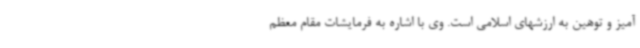
آمیز و توهین به ارزشهای اسلامی است. وی با اشاره به فرمایشات مقام معظم